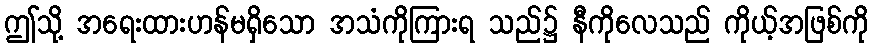
ဤသို့ အရေးထားဟန်မရှိသော အသံကိုကြားရ သည်၌ နီကိုလေသည် ကိုယ့်အဖြစ်ကို